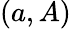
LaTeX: (a,A)